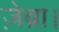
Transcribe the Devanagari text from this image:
ज़ेब्रा।